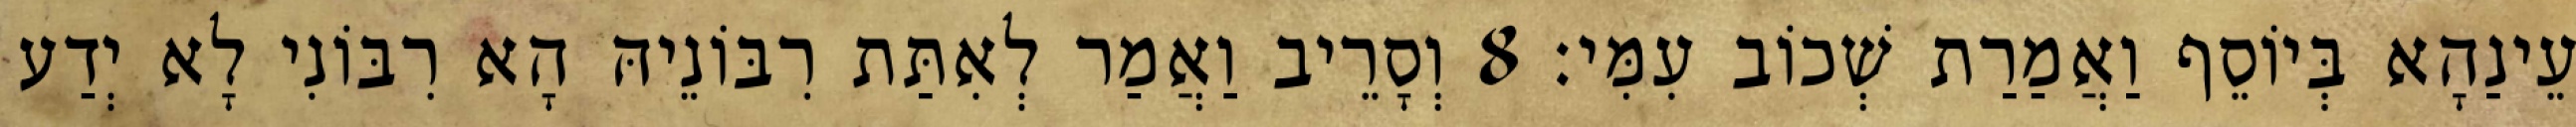
עֵינַהָא בְּיוֹסֵף וַאֲמַרַת שְׁכוֹב עִמִּי׃ 8 וְסָרֵיב וַאֲמַר לְאִתַּת רִבּוֹנֵיהּ הָא רִבּוֹנִי לָא יְדַע